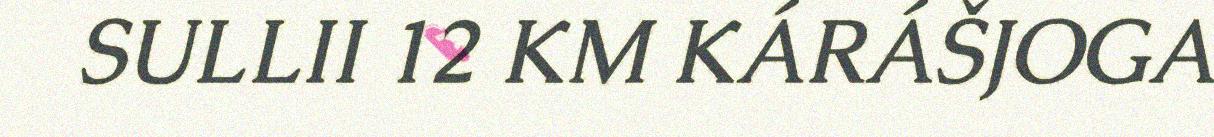
SULLII 12 KM KÁRÁŠJOGA